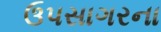
ઉપસાગરના